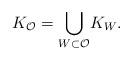
LaTeX: \begin{gather*}K_{\mathcal{O}}= {\displaystyle\bigcup\limits_{W\subset\mathcal{O}}} K_{W}.\end{gather*}